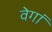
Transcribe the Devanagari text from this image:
वेगां